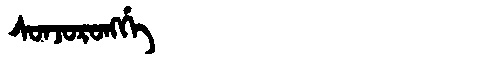
Manchu: ᠰᠣᠨᠵᠣᡵᠣᠩᡤᡝ
Romanization: SONJORONGGE